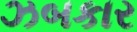
ઝબકાર